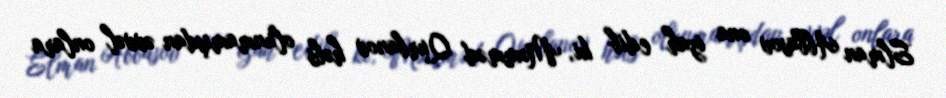
Elman Abbasov ona izah edib ki, Məmməd Qurbanov həbs olunmamışdan əvvəl onlara